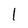
Character: 1